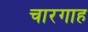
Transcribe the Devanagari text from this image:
चारगाह